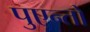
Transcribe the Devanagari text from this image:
पुएन्तो